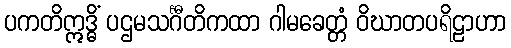
ပကတိဣဒ္ဓိံ ပဌမသင်္ဂီတိကထာ ဂါမခေတ္တံ ဝိဃာတပရိဠာဟာ